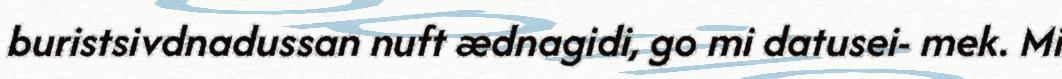
buristsivdnadussan nuft ædnagidi, go mi datusei- mek. Mi